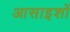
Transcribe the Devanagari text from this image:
आसाइशों